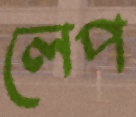
লেপ